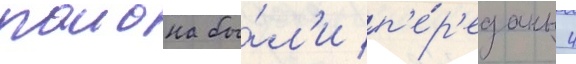
раиона бы́л'и п'е́р'еданы 4